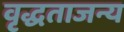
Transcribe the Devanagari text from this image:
वृद्धताजन्य